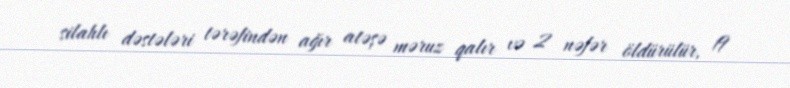
silahlı dəstələri tərəfindən ağır atəşə məruz qalır və 2 nəfər öldürülür, 19